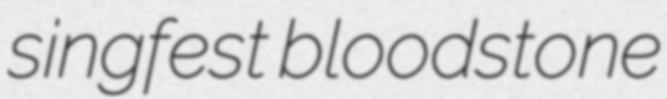
singfest bloodstone